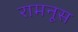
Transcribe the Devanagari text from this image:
रामनूस